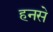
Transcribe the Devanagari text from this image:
हनसे